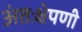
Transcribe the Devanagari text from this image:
अंतःक्षेपणी